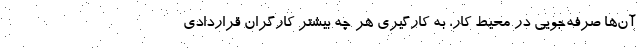
آن‌ها صرفه‌جویی در محیط کار، به کارگیری هر چه بیشتر کارگران قراردادی